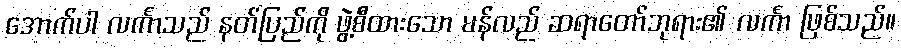
အောက်ပါ လင်္ကာသည် နတ်ပြည်ကို ဖွဲ့စီထားသော မန်လည် ဆရာတော်ဘုရား၏ လင်္ကာ ဖြစ်သည်။